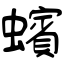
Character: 蠙